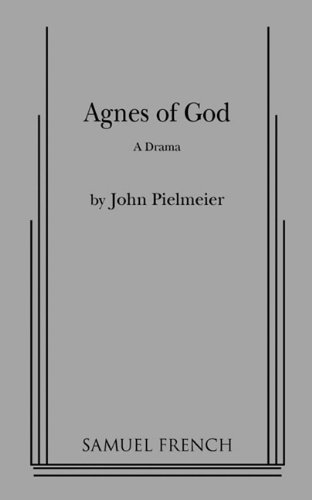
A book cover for Agnes of God; John Pielmeier; Literature & Fiction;